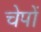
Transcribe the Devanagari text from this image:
चेपों